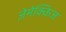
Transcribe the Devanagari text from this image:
ज़ेमेक्किज